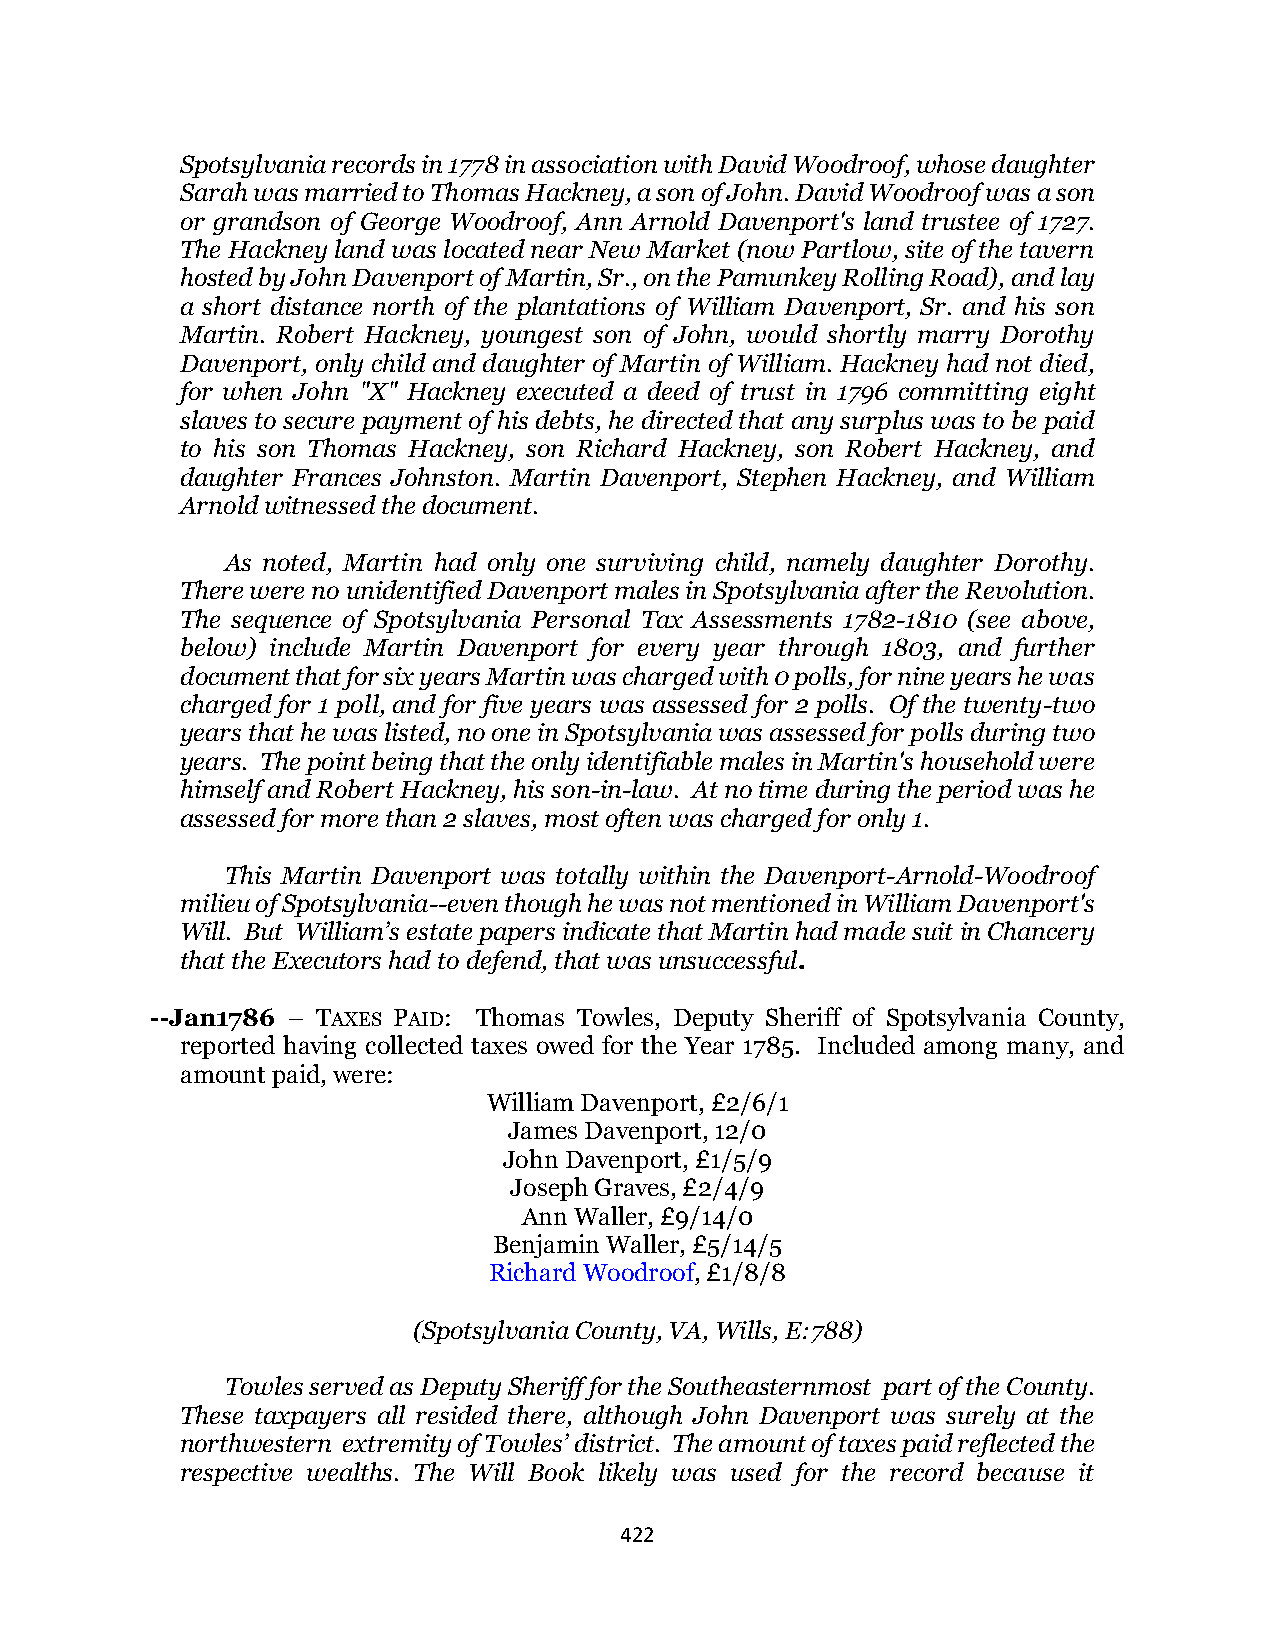
Spotsylvania records in 1778 in association with David Woodroof, whose daughter
 Sarah was married to Thomas Hackney, a son of John. David Woodroof was a son
 or grandson of George Woodroof, Ann Arnold Davenport's land trustee of 1727.
 The Hackney land was located near New Market (now Partlow, site of the tavern
 hosted by John Davenport of Martin, Sr., on the Pamunkey Rolling Road), and lay
 a short distance north of the plantations of William Davenport, Sr. and his son
 Martin. Robert Hackney, youngest son of John, would shortly marry Dorothy
 Davenport, only child and daughter of Martin of William. Hackney had not died,
 for when John "X" Hackney executed a deed of trust in 1796 committing eight
 slaves to secure payment of his debts, he directed that any surplus was to be paid
 to his son Thomas Hackney, son Richard Hackney, son Robert Hackney, and
 daughter Frances Johnston. Martin Davenport, Stephen Hackney, and William
 Arnold witnessed the document.
 As noted, Martin had only one surviving child, namely daughter Dorothy.
 There were no unidentified Davenport males in Spotsylvania after the Revolution.
 The sequence of Spotsylvania Personal Tax Assessments 1782-1810 (see above,
 below) include Martin Davenport for every year through 1803, and further
 document that for six years Martin was charged with 0 polls, for nine years he was
 charged for 1 poll, and for five years was assessed for 2 polls. Of the twenty-two
 years that he was listed, no one in Spotsylvania was assessed for polls during two
 years. The point being that the only identifiable males in Martin's household were
 himself and Robert Hackney, his son-in-law. At no time during the period was he
 assessed for more than 2 slaves, most often was charged for only 1.
 This Martin Davenport was totally within the Davenport-Arnold-Woodroof
 milieu of Spotsylvania--even though he was not mentioned in William Davenport's
 Will. But William’s estate papers indicate that Martin had made suit in Chancery
 that the Executors had to defend, that was unsuccessful.
 --Jan1786 – TAXES PAID: Thomas Towles, Deputy Sheriff of Spotsylvania County,
 reported having collected taxes owed for the Year 1785. Included among many, and
 amount paid, were:
 William Davenport, £2/6/1
 James Davenport, 12/0
 John Davenport, £1/5/9
 Joseph Graves, £2/4/9
 Ann Waller, £9/14/0
 Benjamin Waller, £5/14/5
 Richard Woodroof, £1/8/8
 (Spotsylvania County, VA, Wills, E:788)
 Towles served as Deputy Sheriff for the Southeasternmost part of the County.
 These taxpayers all resided there, although John Davenport was surely at the
 northwestern extremity of Towles’ district. The amount of taxes paid reflected the
 respective wealths. The Will Book likely was used for the record because it
 422